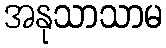
အနုသာသာမ